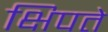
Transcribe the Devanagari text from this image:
क्षिपते